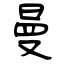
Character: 曼